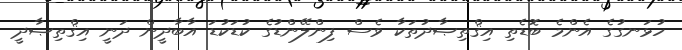
ހުޅަނގުގެ އެންމެ ބޮޑެތި އިޤްތިޞާދުތަކާ ވެސް ފިންލޭންޑުގެ ކުޑަކުޑަ އާބާދީން ދަނީ އިޤްތިޞާދީ